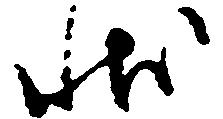
状